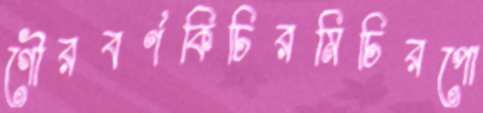
গৌরবর্ণকিচিরমিচিরপো